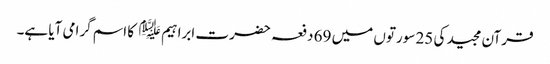
قرآن مجید کی 25 سورتوں میں 69 دفعہ حضرت ابراہیم ﷤ کا اسم گرامی آیا ہے۔